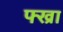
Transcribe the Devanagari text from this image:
फ्ख्रा